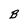
Character: B